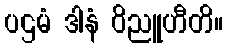
ပဌမံ ဒါနံ ဝိညူဟီတိ။